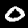
Digit: 0